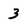
Character: 3